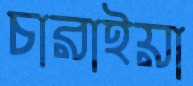
চারাইয়া